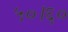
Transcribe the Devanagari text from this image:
५०।६०